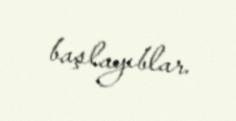
başlayıblar.